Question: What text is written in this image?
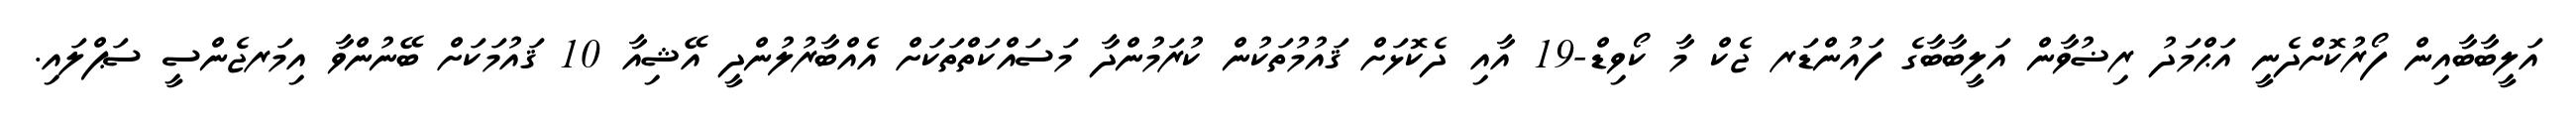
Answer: އަލީބާބާއިން ފޯރުކޮށްދެނީ އަޙްމަދު ރިޟުވާން އަލީބާބާގެ ފައުންޑަރ ޖެކް މާ ކޯވިޑް-19 އާއި ދެކޮޅަށް ޤައުމުތަކުން ކުރަމުންދާ މަސައްކަތްތަކަށް އެއްބާރުލުންދީ އޭޝިއާ 10 ޤައުމަކަށް ބޭނުންވާ އިމަރޖެންސީ ސަޕްލައި.